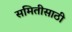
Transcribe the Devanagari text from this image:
समितीसाठी